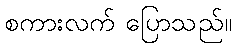
စကားလက် ပြောသည်။